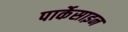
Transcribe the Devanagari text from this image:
पार्केसाइन